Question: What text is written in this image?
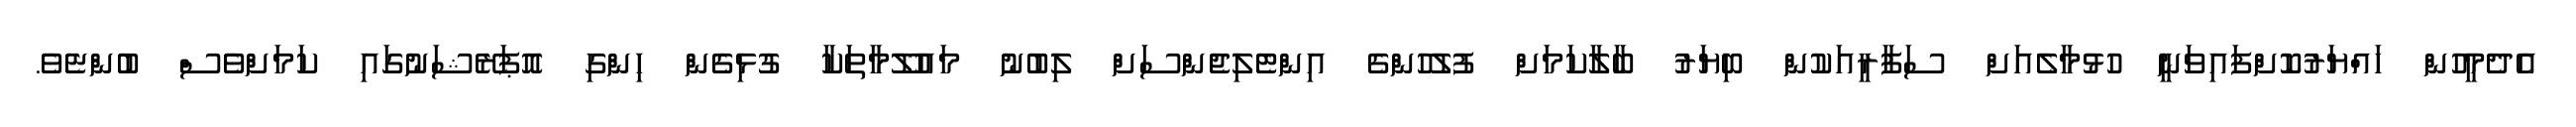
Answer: އެދެމީހުން ހައްޔަރުކޮށްފައިވަނީ ހުޅުމާލެއަށް ސަފާރީއަކުން ބިޔަރު ބާލާކަމަށް ފުލުހުންގެ އިންޓެލިޖެންސަށް ލިބުނު މައުލޫމާތަކާ ގުޅިގެން ހިންގި އޮޕަރޭޝަނުގައި ކަމަށްވެސް ބުންޏެވެ.